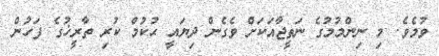
ވުމެވެ. މި ނިންމުމުގެ ނަތީޖާއަކަށް ވެގެން ދިޔައީ ޙުކުމް ކުރި ތާރީޚުގެ ފަހުން